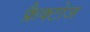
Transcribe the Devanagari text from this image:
फ्रैक्टोज